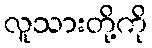
လူသားတို့ကို